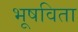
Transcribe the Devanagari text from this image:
भूषविता